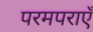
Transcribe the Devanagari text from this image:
परमपराएँ